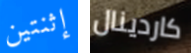
إثنتين كاردينال